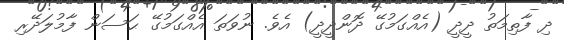
ދި ފާތިމަތު ދީދީ (އެއްގަމުގޭ ދޮންދީދީ) އެވެ. ނުވަތަ އެއްގަމުގޭ ޙަސަން ފާމުލަދޭރި